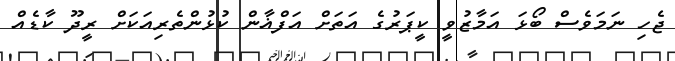
ޖެހި ނަމަވެސް ބޯޅަ އަމާޒުވީ ކީޕަރުގެ އަތަށް އަފްޣާން ކުޅުންތެރިއަކަށް ރީދޫ ކާޑެއް